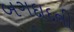
બગદાદની